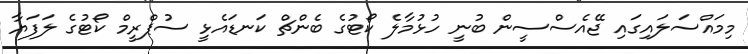
މިމައްސަލައިގައި ޖޭއެސްސީން ބުނީ ހުޅުމާލެ ކޯޓުގެ ބެންޗް ކަނޑައެޅީ ސުޕްރީމް ކޯޓުގެ ލަފަޔާ